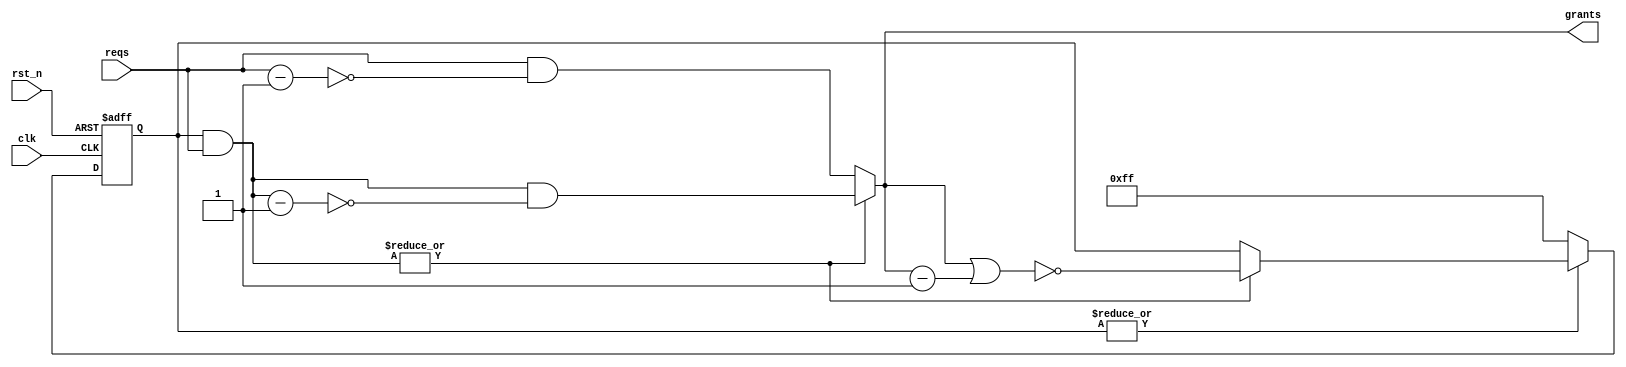
module round_robin_arbiter_base #(
    parameter REQ_NUM = 8
) (
    input                  clk,
    input                  rst_n,
    input [REQ_NUM-1 : 0]  reqs,
    output [REQ_NUM-1 : 0] grants
);

    reg [REQ_NUM-1 : 0]  mask;         //11111111
    wire has_masked_reqs;
    wire [REQ_NUM-1 : 0] masked_reqs;
    wire [REQ_NUM-1 : 0] masked_grants;
    wire [REQ_NUM-1 : 0] unmasked_grants;
    
    assign has_masked_reqs = |masked_reqs;
    assign masked_reqs = mask & reqs;
    assign masked_grants = masked_reqs & ~(masked_reqs - 1'b1);
    assign unmasked_grants = reqs & ~(reqs - 1'b1);
    assign grants = has_masked_reqs ? masked_grants : unmasked_grants;

    always @(posedge clk or negedge rst_n) begin
        if(~rst_n) begin
            mask <= {REQ_NUM{1'b1}};  //{}
        end
        else if(~(|mask)) begin
            mask <= {REQ_NUM{1'b1}};
        end
        else if(has_masked_reqs) begin
            mask <= ~(grants|(grants-1'b1));
        end
    end
    
    // reqs =                 8'b01010001;
    // mask =                 8'b11111100;
    // masked_reqs =          8'b01010000;
    // grants =               8'b00010000; 
    // grants-1 =             8'b00001111;
    // grants|(grants-1) =    8'b00011111;
    // ~(grants|(grants-1)) = 8'b11100000;      mask
    // next_mask =            8'b11100000;

endmodule